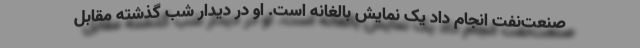
صنعت‌نفت انجام داد یک نمایش بالغانه است. او در دیدار شب گذشته مقابل